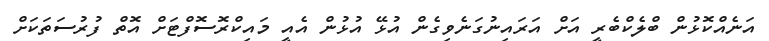
އަނެއްކޮޅުން ބްލެކްބެރީ އަށް އަރައިނުގަނެވިގެން އުޅޭ އުޅުން އެއީ މައިކްރޮސޮފްޓަށް އޮތް ފުރުސަތަކަށް